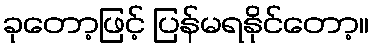
ခုတော့ဖြင့် ပြန်မရနိုင်တော့။